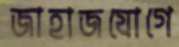
জাহাজযোগে